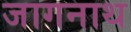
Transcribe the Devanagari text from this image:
जागनाथ